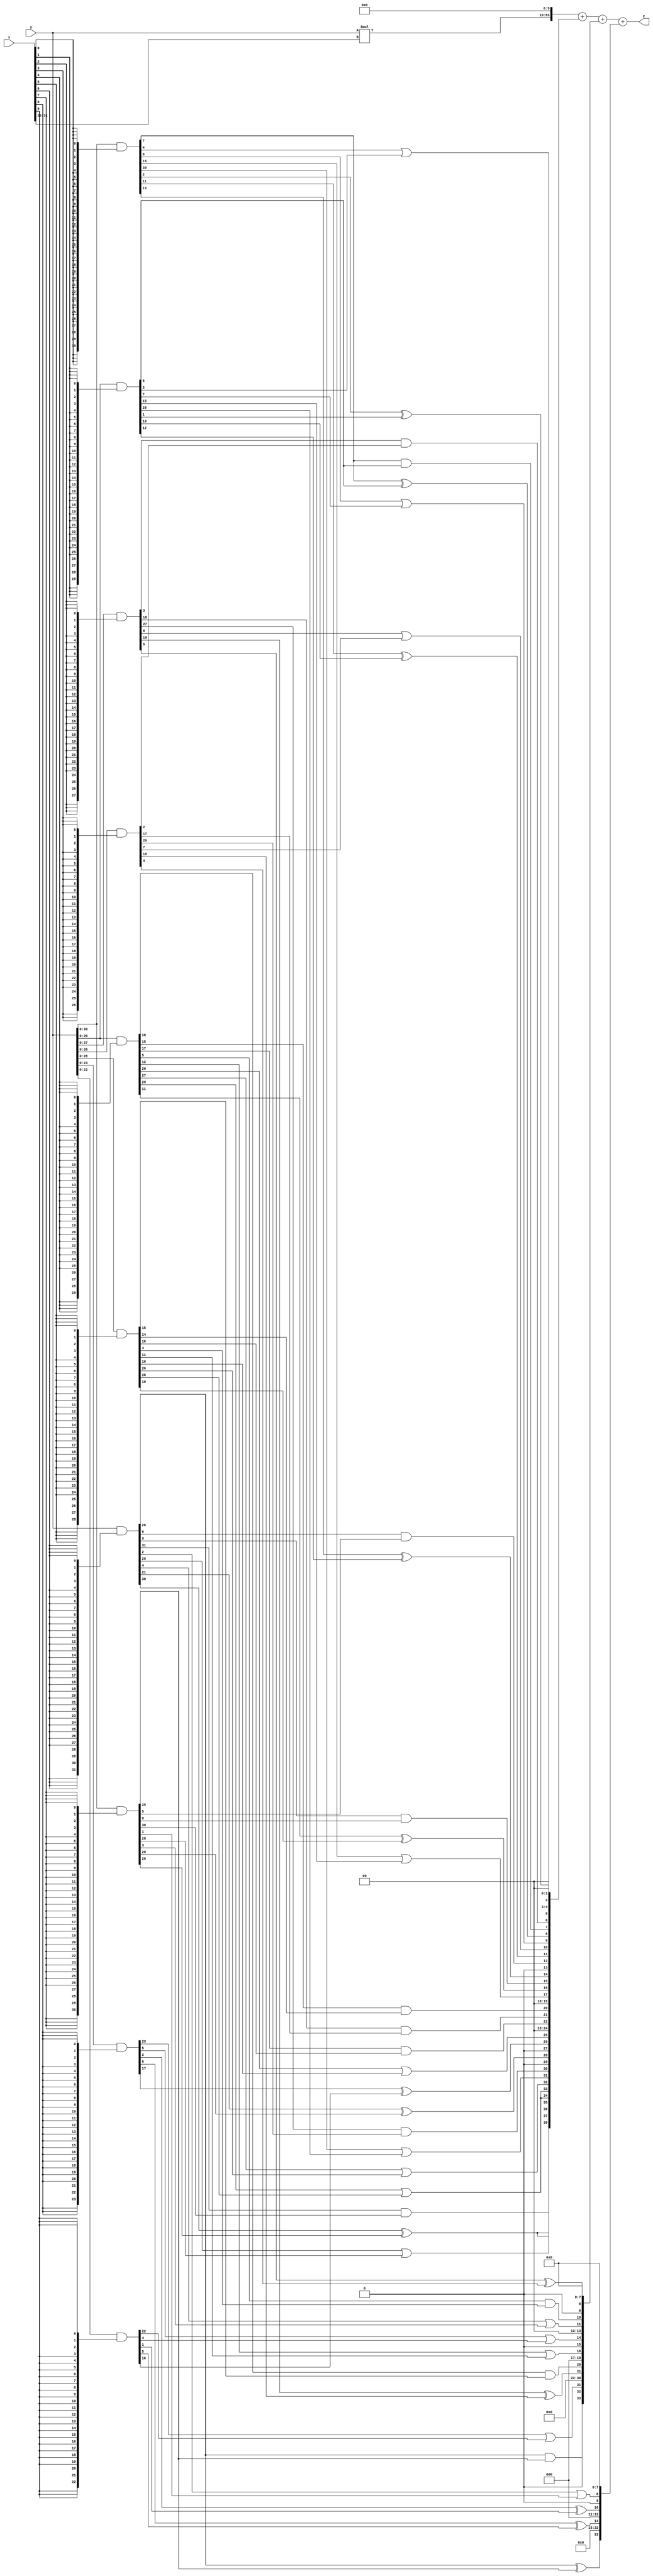
// terms: 41
// fval:  7835333.4976

module unsigned_32x32_l10_lamb30_2 (
	input [31:0] x,
	input [31:0] y,
	output [63:0] z
);

wire [31:0] part1 =  y & {32{x[0]}};
wire [31:0] part2 =  y & {32{x[1]}};
wire [31:0] part3 =  y & {32{x[2]}};
wire [31:0] part4 =  y & {32{x[3]}};
wire [31:0] part5 =  y & {32{x[4]}};
wire [31:0] part6 =  y & {32{x[5]}};
wire [31:0] part7 =  y & {32{x[6]}};
wire [31:0] part8 =  y & {32{x[7]}};
wire [31:0] part9 =  y & {32{x[8]}};
wire [31:0] part10 =  y & {32{x[9]}};
wire [31:0] part11 =  y & {32{x[10]}};
wire [31:0] part12 =  y & {32{x[11]}};
wire [31:0] part13 =  y & {32{x[12]}};
wire [31:0] part14 =  y & {32{x[13]}};
wire [31:0] part15 =  y & {32{x[14]}};
wire [31:0] part16 =  y & {32{x[15]}};
wire [31:0] part17 =  y & {32{x[16]}};
wire [31:0] part18 =  y & {32{x[17]}};
wire [31:0] part19 =  y & {32{x[18]}};
wire [31:0] part20 =  y & {32{x[19]}};
wire [31:0] part21 =  y & {32{x[20]}};
wire [31:0] part22 =  y & {32{x[21]}};
wire [31:0] part23 =  y & {32{x[22]}};
wire [31:0] part24 =  y & {32{x[23]}};
wire [31:0] part25 =  y & {32{x[24]}};
wire [31:0] part26 =  y & {32{x[25]}};
wire [31:0] part27 =  y & {32{x[26]}};
wire [31:0] part28 =  y & {32{x[27]}};
wire [31:0] part29 =  y & {32{x[28]}};
wire [31:0] part30 =  y & {32{x[29]}};
wire [31:0] part31 =  y & {32{x[30]}};
wire [31:0] part32 =  y & {32{x[31]}};

wire [38:0] new_part1;
assign new_part1[0] = 0;
assign new_part1[1] = 0;
assign new_part1[2] = part1[2] ^ part2[1];
assign new_part1[3] = 0;
assign new_part1[4] = 0;
assign new_part1[5] = part1[4] | part2[3];
assign new_part1[6] = part3[3] & part4[2];
assign new_part1[7] = part1[7] & part2[6];
assign new_part1[8] = part1[7] ^ part2[6];
assign new_part1[9] = part1[8] | part2[7];
assign new_part1[10] = part3[8] | part4[7];
assign new_part1[11] = part1[11] ^ part2[10];
assign new_part1[12] = part7[6] & part8[5];
assign new_part1[13] = 0;
assign new_part1[14] = part1[13] ^ part2[12];
assign new_part1[15] = part7[9] & part8[8];
assign new_part1[16] = part5[11] ^ part6[10];
assign new_part1[17] = part1[16] | part2[15];
assign new_part1[18] = 0;
assign new_part1[19] = 0;
assign new_part1[20] = part5[15] & part6[14];
assign new_part1[21] = part3[18] & part4[17];
assign new_part1[22] = part5[17] & part6[16];
assign new_part1[23] = 0;
assign new_part1[24] = 0;
assign new_part1[25] = part5[20] | part6[19];
assign new_part1[26] = part9[17] ^ part10[16];
assign new_part1[27] = 0;
assign new_part1[28] = part7[21] ^ part8[20];
assign new_part1[29] = 0;
assign new_part1[30] = part3[27] & part4[26];
assign new_part1[31] = part1[30] | part2[29];
assign new_part1[32] = part5[27] | part6[26];
assign new_part1[33] = part5[29] | part6[28];
assign new_part1[34] = part5[29] | part6[28];
assign new_part1[35] = part7[29] | part8[28];
assign new_part1[36] = part7[30] ^ part8[29];
assign new_part1[37] = part7[30] ^ part8[29];
assign new_part1[38] = part7[31] & part8[30];

wire [33:0] new_part2;
assign new_part2[0] = 0;
assign new_part2[1] = 0;
assign new_part2[2] = 0;
assign new_part2[3] = 0;
assign new_part2[4] = 0;
assign new_part2[5] = 0;
assign new_part2[6] = 0;
assign new_part2[7] = 0;
assign new_part2[8] = part3[5] ^ part4[4];
assign new_part2[9] = 0;
assign new_part2[10] = part5[5] & part6[4];
assign new_part2[11] = part7[4] | part8[3];
assign new_part2[12] = 0;
assign new_part2[13] = 0;
assign new_part2[14] = part9[5] | part10[4];
assign new_part2[15] = 0;
assign new_part2[16] = part5[12] | part6[11];
assign new_part2[17] = 0;
assign new_part2[18] = 0;
assign new_part2[19] = 0;
assign new_part2[20] = part5[16] & part6[15];
assign new_part2[21] = part3[19] ^ part4[18];
assign new_part2[22] = 0;
assign new_part2[23] = 0;
assign new_part2[24] = 0;
assign new_part2[25] = 0;
assign new_part2[26] = 0;
assign new_part2[27] = 0;
assign new_part2[28] = 0;
assign new_part2[29] = 0;
assign new_part2[30] = 0;
assign new_part2[31] = part9[23] | part10[22];
assign new_part2[32] = 0;
assign new_part2[33] = part7[26] & part8[25];

wire [33:0] new_part3;
assign new_part3[0] = 0;
assign new_part3[1] = 0;
assign new_part3[2] = 0;
assign new_part3[3] = 0;
assign new_part3[4] = 0;
assign new_part3[5] = 0;
assign new_part3[6] = 0;
assign new_part3[7] = 0;
assign new_part3[8] = part7[2] | part8[1];
assign new_part3[9] = 0;
assign new_part3[10] = part9[2] ^ part10[1];
assign new_part3[11] = 0;
assign new_part3[12] = 0;
assign new_part3[13] = 0;
assign new_part3[14] = part9[6] ^ part10[5];
assign new_part3[15] = 0;
assign new_part3[16] = 0;
assign new_part3[17] = 0;
assign new_part3[18] = 0;
assign new_part3[19] = 0;
assign new_part3[20] = 0;
assign new_part3[21] = 0;
assign new_part3[22] = 0;
assign new_part3[23] = 0;
assign new_part3[24] = 0;
assign new_part3[25] = 0;
assign new_part3[26] = 0;
assign new_part3[27] = 0;
assign new_part3[28] = 0;
assign new_part3[29] = 0;
assign new_part3[30] = 0;
assign new_part3[31] = 0;
assign new_part3[32] = 0;
assign new_part3[33] = part7[26] ^ part8[25];

wire [53:0] tmp_z = y*x[31:10];

assign z = {tmp_z, 10'd 0} + new_part1 + new_part2 + new_part3;

endmodule